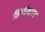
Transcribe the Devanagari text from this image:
लिलीव्हाइट